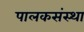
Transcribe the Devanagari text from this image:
पालकसंस्था